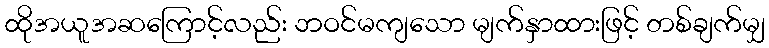
ထိုအယူအဆကြောင့်လည်း ဘဝင်မကျသော မျက်နှာထားဖြင့် တစ်ချက်မျှ